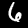
Label: 6